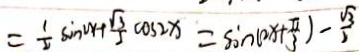
= \frac { 1 } { 2 } \sin 2 x + \frac { \sqrt { 3 } } { 2 } \cos 2 x = \sin ( 2 x + \frac { \pi } { 3 } ) - \frac { \sqrt { 3 } } { 2 }